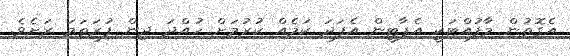
އެގޮތުން މާފުއްޓަކީ އެޕާޓީން އެފަދަ ކަމެއް ކުރުމަށް ހުއްދަ ދިން ފުރަތަމަ ރަށެވެ.